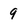
Character: 9